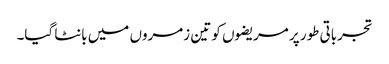
تجرباتی طور پر مریضوں کو تین زمروں میں بانٹا گیا۔